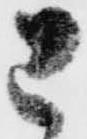
已